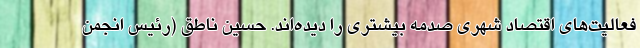
فعالیت‌های اقتصاد شهری صدمه بیشتری را دیده‌اند. حسین ناطق (رئیس انجمن